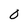
Character: 0